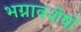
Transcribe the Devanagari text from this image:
भग्नावशेषो